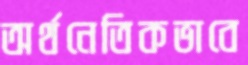
অর্থনেতিকভাবে